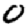
Digit: 0